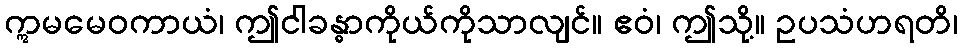
ဣမမေဝကာယံ၊ ဤငါခန္ဓာကိုယ်ကိုသာလျင်။ ဧဝံ၊ ဤသို့။ ဥပသံဟရတိ၊